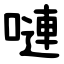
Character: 嗹